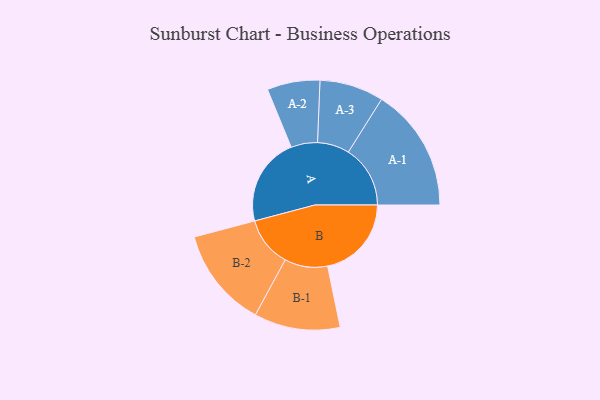
{"axis": {"x": "Segment", "y": "Value"}, "legend": ["", "A", "B"], "data": [{"x": "A", "y": 378, "type": ""}, {"x": "B", "y": 359, "type": ""}, {"x": "A-1", "y": 265, "type": "A"}, {"x": "A-2", "y": 113, "type": "A"}, {"x": "A-3", "y": 137, "type": "A"}, {"x": "B-1", "y": 184, "type": "B"}, {"x": "B-2", "y": 214, "type": "B"}]}